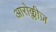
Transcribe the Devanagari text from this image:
आरोक्लीज़